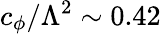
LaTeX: c_{\phi}/\Lambda^{2}\sim 0.42